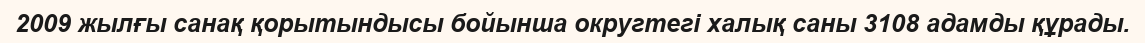
2009 жылғы санақ қорытындысы бойынша округтегі халық саны 3108 адамды құрады.